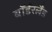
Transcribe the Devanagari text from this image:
बॉर्डरलैंड